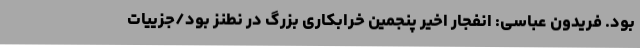
بود. فریدون عباسی: انفجار اخیر پنجمین خرابکاری بزرگ در نطنز بود/جزییات